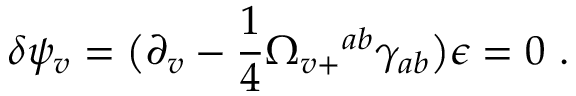
\delta \psi _ { v } = \bigl ( \partial _ { v } - { \frac { 1 } { 4 } } \Omega _ { v + } { } ^ { a b } \gamma _ { a b } \bigr ) \epsilon = 0 \ .